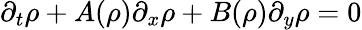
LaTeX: \partial_{t}{\mathbf\rho}+A({\mathbf\rho})\partial_{x}{\mathbf\rho}+B({\mathbf\rho})\partial_{y}{\mathbf\rho}{}={}0